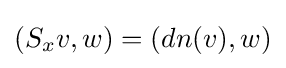
(S_{x}v,w)=(dn(v),w)